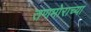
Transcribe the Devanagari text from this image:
तणमोराच्या